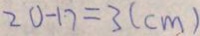
2 0 - 1 7 = 3 ( c m )